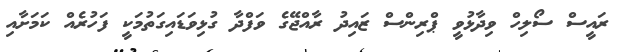
ރައީސް ސޯލިހް ވިދާޅުވީ ޕްރިންސް ޒައިދު ރާއްޖޭގެ ވަފްދާ ގުޅިވަޑައިގަތުމަކީ ފަހުރެއް ކަމަށާއި